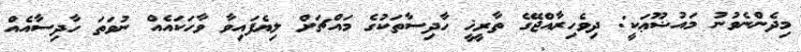
މިދެންނެވުނު މައުޟޫޢަކީ: ދިވެހިރާއްޖޭގެ ތާރީޚީ ހާދިސާތަކުގެ މައްޗަށް ލިޔެފައިވާ ވާހަކައެއް ނުވަތަ ހާދިސާއެއް